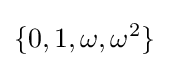
\lbrace 0,1,\omega ,\omega ^{2}\rbrace